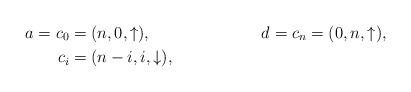
LaTeX: \begin{align*} a=c_0& =(n,0,\uparrow), & d=c_{n} = (0,n,\uparrow), \\ c_i&= (n-i,i, \downarrow), & \end{align*}